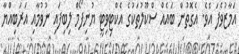
އަމާޒުވެފަ އެވެ. އެގޮތުން ބައެއް ސްކޫލުތަކުގެ އެކްޓިވިޓީ ޔުނިފޯމް ލިބިފައި ނުވުމާއި އަރަބިއްޔާ